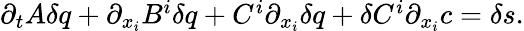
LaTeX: \begin{array}{r}{\partial_{t}A\delta q+\partial_{x_{i}}B^{i}\delta q+C^{i}\partial_{x_{i}}\delta q+\delta C^{i}\partial_{x_{i}}c=\delta s.}\end{array}